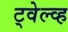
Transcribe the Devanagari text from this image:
ट्वेल्व्ह